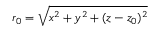
r _ { 0 } = \sqrt { x ^ { 2 } + y ^ { 2 } + ( z - z _ { 0 } ) ^ { 2 } }